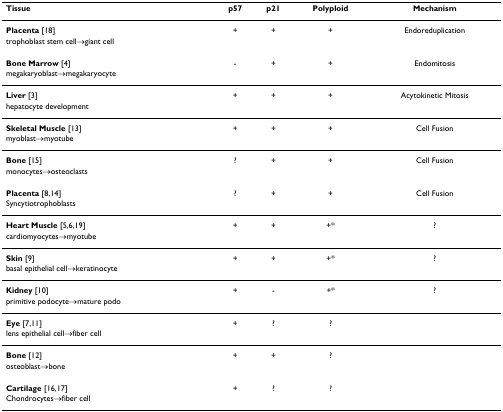
<table><thead><tr><td><b>Tissue</b></td><td><b>p57</b></td><td><b>p21</b></td><td><b>Polyploid</b></td><td><b>Mechanism</b></td></tr></thead><tbody><tr><td><b>Placenta </b>[18]</td><td>+</td><td>+</td><td>+</td><td>Endoreduplication</td></tr><tr><td>trophoblast stem cell→giant cell</td><td></td><td></td><td></td><td></td></tr><tr><td><b>Bone Marrow </b>[4]</td><td>-</td><td>+</td><td>+</td><td>Endomitosis</td></tr><tr><td>megakaryoblast→megakaryocyte</td><td></td><td></td><td></td><td></td></tr><tr><td><b>Liver </b>[3]</td><td>+</td><td>+</td><td>+</td><td>Acytokinetic Mitosis</td></tr><tr><td>hepatocyte development</td><td></td><td></td><td></td><td></td></tr><tr><td><b>Skeletal Muscle </b>[13]</td><td>+</td><td>+</td><td>+</td><td>Cell Fusion</td></tr><tr><td>myoblast→myotube</td><td></td><td></td><td></td><td></td></tr><tr><td><b>Bone </b>[15]</td><td>?</td><td>+</td><td>+</td><td>Cell Fusion</td></tr><tr><td>monocytes→osteoclasts</td><td></td><td></td><td></td><td></td></tr><tr><td><b>Placenta </b>[8,14]</td><td>?</td><td>+</td><td>+</td><td>Cell Fusion</td></tr><tr><td>Syncytiotrophoblasts</td><td></td><td></td><td></td><td></td></tr><tr><td><b>Heart Muscle </b>[5,6,19]</td><td>+</td><td>+</td><td>+*</td><td>?</td></tr><tr><td>cardiomyocytes→myotube</td><td></td><td></td><td></td><td></td></tr><tr><td><b>Skin </b>[9]</td><td>+</td><td>+</td><td>+*</td><td>?</td></tr><tr><td>basal epithelial cell→keratinocyte</td><td></td><td></td><td></td><td></td></tr><tr><td><b>Kidney </b>[10]</td><td>+</td><td>-</td><td>+*</td><td>?</td></tr><tr><td>primitive podocyte→mature podo</td><td></td><td></td><td></td><td></td></tr><tr><td><b>Eye </b>[7,11]</td><td>+</td><td>?</td><td>?</td><td></td></tr><tr><td>lens epithelial cell→fiber cell</td><td></td><td></td><td></td><td></td></tr><tr><td><b>Bone </b>[12]</td><td>+</td><td>+</td><td>?</td><td></td></tr><tr><td>osteoblast→bone</td><td></td><td></td><td></td><td></td></tr><tr><td><b>Cartilage </b>[16,17]</td><td>+</td><td>?</td><td>?</td><td></td></tr><tr><td>Chondrocytes→fiber cell</td><td></td><td></td><td></td><td></td></tr></tbody></table>